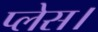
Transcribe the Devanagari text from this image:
प्‍लेस।